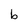
Character: b